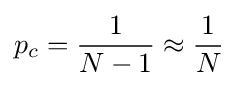
p_{c}={\frac {1}{N-1}}\approx {\frac {1}{N}}